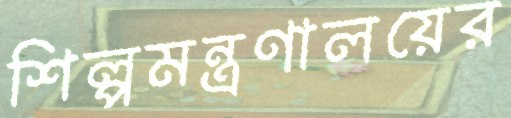
শিল্পমন্ত্রণালয়ের